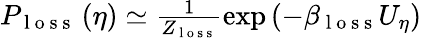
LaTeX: \begin{array}{r}{P_{\mathrm{~l~o~s~s~}}\left(\eta\right)\simeq\frac{1}{Z_{\mathrm{~l~o~s~s~}}}\exp\left(-\beta_{\mathrm{~l~o~s~s~}}U_{\eta}\right)}\end{array}